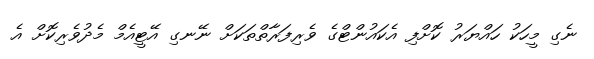
ނެގި މީހަކު ހައްޔަރު ކޮށްފި އެކައުންޓްގެ ވެރިފަރާތްތަކަށް ނޭނގި އޭޓީއެމް މެދުވެރިކޮށް އެ